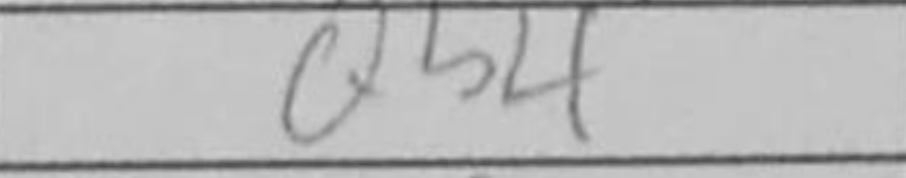
Transcription: Qb4